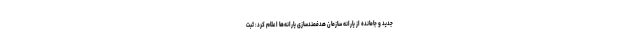
جدید و جامانده از یارانه سازمان هدفمندسازی یارانه‌ها اعلام کرد: ثبت